Lunatic asylums Central Provinces reports 1910-1926 - 1910-1926
Year: 1910
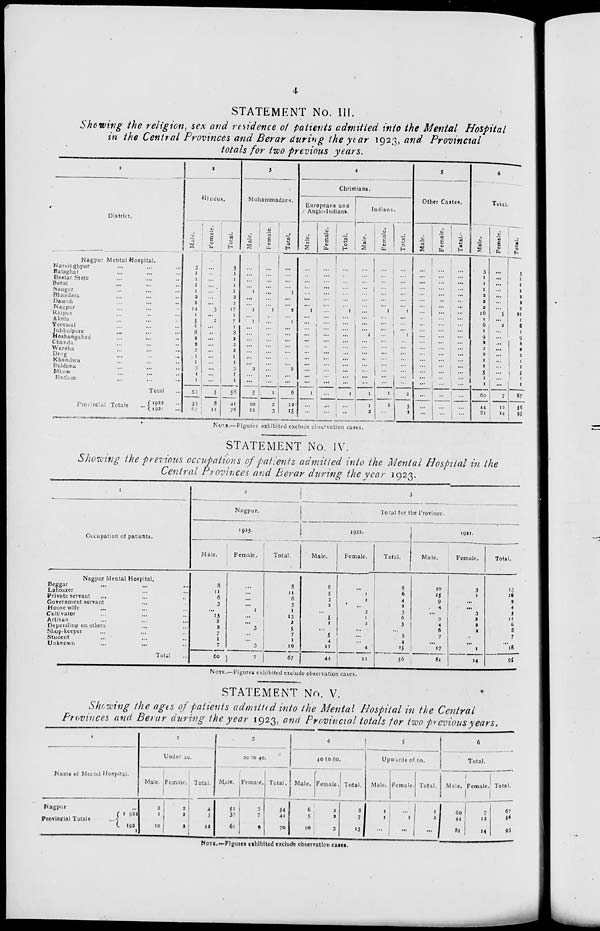
4
STATEMENT No. III.
Showing the religion, sex and residence of patients admitted into the Mental Hospital
in the Central Provinces and Berar during the year 1923, and Provincial
totals for two previous years.
1
District.
Nagpur Mental Hospital.
Narsinghpur ... ... ...
Balaghat ... ... ...
Bastar State ... ... ...
Betul ... ... ...
Saugor ... ... ...
Bhandara ... ... ...
Damoh ... ... ...
Nagpur ... ... ...
Raipur ... ... ...
Akola ... ... ...
Yeotmal ... ... ...
Jubbulpore ... ... ...
Hoshangabad ... ... ...
Chanda ... ... ...
Waroha ... ... ...
Drug ... ... ...
Khandwa ... ... ...
Buldana ... ... ...
Mhow ... ... ...
Rutham ... ... ...
Total ...
Provincial Totals
...
1923 ...
1921 ...
2
Hindus.
Male
3
1
1
1
1
2
2
14
1
5
1
8
2
1
2
1
1
3
1
1
53
33
67
Female.
...
...
...
...
...
... ...
3
...
2
...
...
...
1
...
...
...
...
...
...
5
8
11
Total.
3
1
1
1
1
2
2
17
1
7
1
8
2
2
2
1
1
3
1
1
58
41
78
3
Muhammadans.
Male.
...
...
...
...
1
...
...
1
...
1
...
...
...
...
...
...
...
2
...
...
5
10
12
Female.
...
...
...
...
...
...
...
1
...
...
...
...
...
...
...
...
...
...
...
...
1
2
3
Total.
...
...
...
...
1
...
...
2
...
1
...
...
...
...
...
...
...
2
...
...
6
12
15
4
Christians.
Europeans and
Anglo-Indians.
Male.
...
...
...
...
...
...
...
1
...
...
...
...
...
...
...
...
...
...
...
...
1
...
...
Female.
...
...
...
...
...
...
...
...
...
...
...
...
...
...
...
...
...
...
...
...
...
...
...
Total.
...
...
...
...
...
...
...
1
...
...
...
...
...
...
...
...
...
...
...
...
1
...
...
Indians.
Male.
...
...
...
...
...
...
...
...
... ...
...
1
...
...
...
...
...
...
...
...
1
1
2
Female.
...
...
...
...
...
...
...
1
...
...
...
...
...
...
...
...
...
...
...
...
1
2
...
Total.
...
...
...
...
...
...
...
1
...
...
...
1
...
...
...
...
...
...
...
...
2
3
2
5
Other Castes.
Male.
...
...
...
...
...
...
...
...
... ...
...
...
...
...
...
...
...
...
...
...
...
...
...
Female.
...
...
...
...
...
...
...
...
... ...
...
...
...
...
...
...
...
...
...
...
...
...
...
Total.
...
...
...
...
...
...
...
...
...
...
...
...
...
...
...
...
...
...
...
...
...
...
6
Total.
Male.
3
1
1
1
2
2
2
16
1
6
1
9
2
3
2
1
1
5
1
1
60
44
81
Female.
...
...
...
...
...
...
...
5
...
2
...
...
...
...
...
...
...
...
...
...
7
12
14
Total.
3
1
1
1
2
2
2
11
1
8
1
9
2
3
2
1
1
5
1
1
67
56
95
NOTE.—Figures exhibited exclude observation cases.
STATEMENT No. IV.
Showing the previous occupations of patients admitted into the Mental Hospital in the
Central Provinces and Berar during the year 1923.
1
Occupation of patients.
Nagpur Mental Hospital.
Beggar ... ... ...
Labourer ... ... ...
Private servant ... ... ...
Government servant ... ...
House wife ... ... ...
Cultivator ... ... ...
Artisan ... ... ...
Depending on others ... ...
Shop-keeper ... ... ...
Student ... ... ...
Unknown ... ... ...
Total ...
2
Nagpur.
1923.
Male.
8
11
6
3
...
13
3
2
7
1
7
60
Female.
...
...
...
...
1
...
...
3
...
...
3
7
Total.
8
11
6
3
1
13
3
5
7
1
10
67
3
Total for the Province.
1922.
Male.
8
5
3
2
...
5
1
...
5
4
11
44
Female.
...
1
1
...
3
1
2
...
...
... 4
12
Total.
8
6
4
2
3
6
3
...
5
4
15
56
1921.
Male.
10
15
9
4
...
9
4
6
7
...
17
81
Female.
3
1
...
...
3
2
3
2
...
...
1
14
Total.
13
16
9
4
3
11
6
8
7
...
16
95
NOTE.— Figures exhibited exclude observation cases.
STATEMENT No. V.
Showing the ages of patients adimtted into the Mental Hospital in the Central
Provinces and Berar during the year 1923, and Provincial totals for two previous years,
1
Name of Mental Hospital.
Nagpur ...
Provincial
Totals
...
1922
1921
2
Under 20.
Male.
3
1
10
Female.
3
2
2
Total.
4
3
12
3
20 to 40.
Male.
51
37
61
Female.
3
7
9
Total.
54
44
70
4
40 to 60.
Male.
6
5
10
Female.
2
2
3
Total.
8
7
13
5
Upwards of 60.
Male.
1
1
...
Female.
...
1
...
Total.
1
2
...
6
Total.
Male.
60
44
81
Female.
7
12
14
Total.
67
56
95
NOTE.—Figures exhibited exclude observation cases.